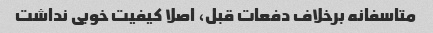
متاسفانه برخلاف دفعات قبل، اصلا کیفیت خوبی نداشت